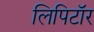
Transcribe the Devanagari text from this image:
लिपिटॉर